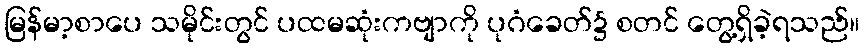
မြန်မာ့စာပေ သမိုင်းတွင် ပထမဆုံးကဗျာကို ပုဂံခေတ်၌ စတင် တွေ့ရှိခဲ့ရသည်။